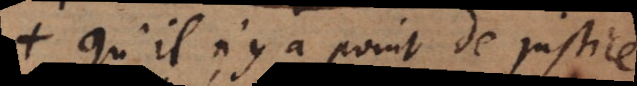
qu’il n’y a point de justice